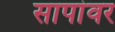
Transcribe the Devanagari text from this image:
सापांवर